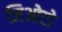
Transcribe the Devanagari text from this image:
जिओटो